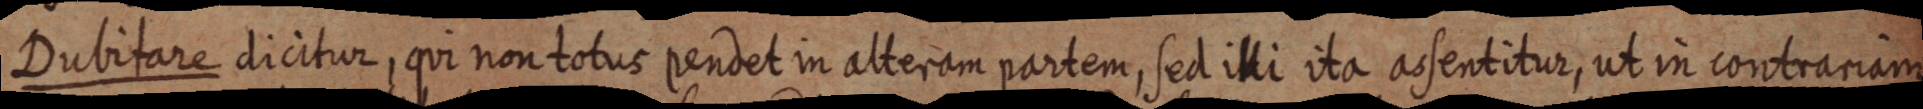
Dubitare dicitur, qui non totus pendet in alteram partem, sed illi ita acsentitur, ut in contrariam